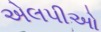
એલપીઓ